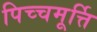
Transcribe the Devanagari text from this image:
पिच्चमूर्त्ति